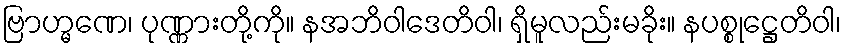
ဗြာဟ္မဏေ၊ ပုဏ္ဏားတို့ကို။ နအဘိဝါဒေတိဝါ၊ ရှိမူလည်းမခိုး။ နပစ္စုဋ္ဌေတိဝါ၊